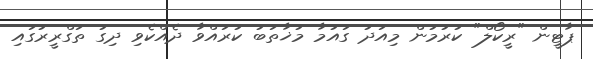
ޕާޓީން "ރީކޯލް" ކުރުމުން މިއަދު ގައުމާ މުޚާތަބު ކުރައްވާ ދެއްކެވި ދިގު ތަގްރީރުގައި